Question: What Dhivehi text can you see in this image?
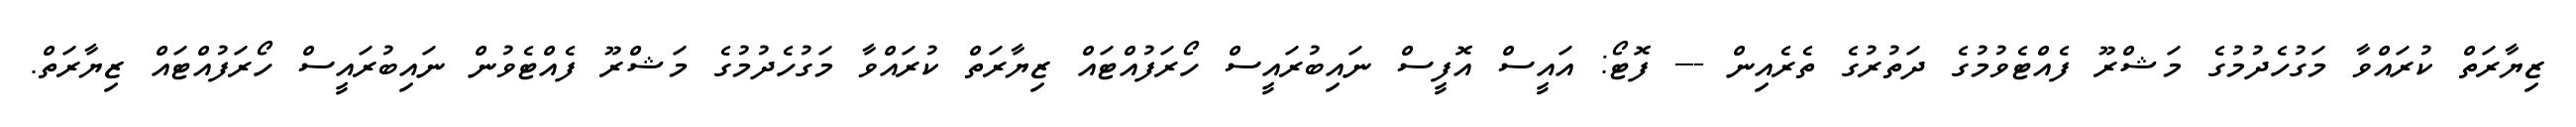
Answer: ޒިޔާރަތް ކުރައްވާ މަގުހެދުމުގެ މަޝްރޫ ފެއްޓެވުމުގެ ދަތުރުގެ ތެރެއިން --- ފޮޓޯ: އައީސް އޮފީސް ނައިބުރައީސް ހޯރަފުއްޓައް ޒިޔާރަތް ކުރައްވާ މަގުހެދުމުގެ މަޝްރޫ ފެއްޓެވުން ނައިބުރައީސް ހޯރަފުއްޓައް ޒިޔާރަތް.